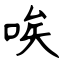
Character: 唉